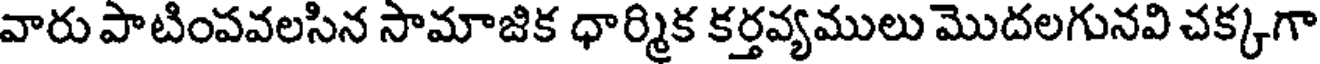
వారు పాటింపవలసిన సామాజిక ధార్మిక కర్తవ్యములు మొదలగునవి చక్కగా